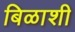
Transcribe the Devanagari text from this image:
बिळाशी